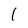
Character: 1